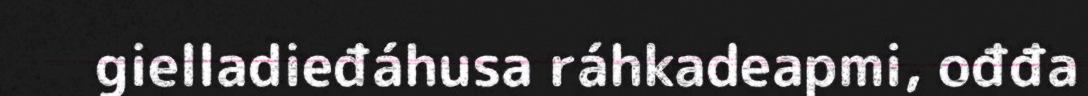
gielladieđáhusa ráhkadeapmi, ođđa